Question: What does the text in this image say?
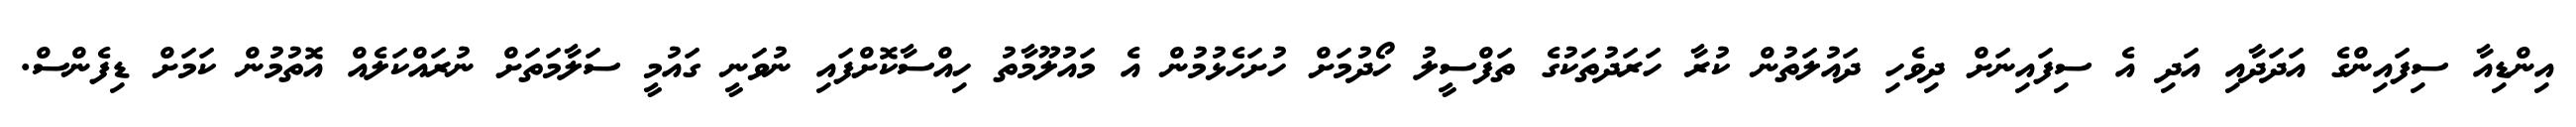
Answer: އިންޑިއާ ސިފައިންގެ އަދަދާއި އަދި އެ ސިފައިނަށް ދިވެހި ދައުލަތުން ކުރާ ހަރަދުތަކުގެ ތަފްސީލު ހޯދުމަށް ހުށަހެޅުމުން އެ މައުލޫމާތު ހިއްސާކޮށްފައި ނުވަނީ ގައުމީ ސަލާމަތަށް ނުރައްކަލެއް އޮތުމުން ކަމަށް ޑިފެންސް.